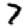
Digit: 7